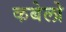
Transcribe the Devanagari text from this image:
कबेलो